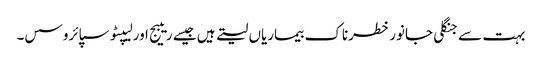
بہت سے جنگلی جانور خطرناک بیماریاں لیتے ہیں جیسے ریبیج اور لیپٹوسپائروسس۔